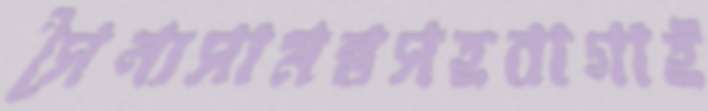
সৈন্যসামন্তসহবাগাই